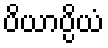
ပိယာပ္ပိယံ